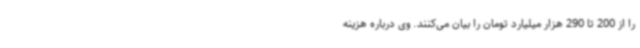
را از 200 تا 290 هزار میلیارد تومان را بیان می‌کنند. وی درباره هزینه